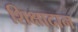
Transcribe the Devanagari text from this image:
शिक्षादान